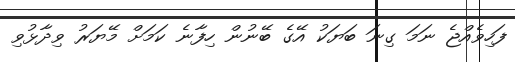
ފަހިވެއްޖެ ނަމަ ގިނަ ބަޔަކު އޭގެ ބޭނުން ހިފާނެ ކަމަށް މޭޔަރު ވިދާޅުވި